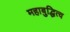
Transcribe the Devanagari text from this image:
महाबुद्धित्व